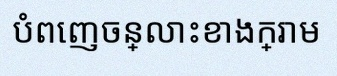
បំពេញចន្លោះខាងក្រោម